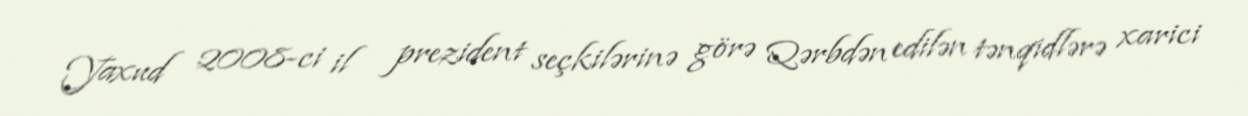
Yaxud 2008-ci il prezident seçkilərinə görə Qərbdən edilən tənqidlərə xarici